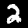
Digit: 2